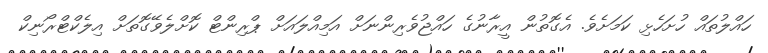
ހައްލުތައް ހުށަހެޅި ކަމަށެވެ. އެގޮތުން އީރާނުގެ ހައްޖުވެރިންނަށް އަމިއްލައަށް ޕްރިންޓް ކޮށްލެވޭގޮތަށް އިލެކްޓްރޯނިކް